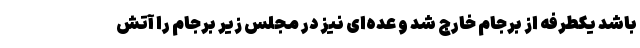
باشد یکطرفه از برجام خارج شد و عده‌ای نیز در مجلس زیر برجام را آتش